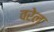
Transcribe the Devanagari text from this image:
वरेल